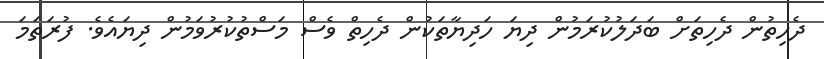
ދެހިތުން ދެހިތަށް ބަދަލުކުރަމުން ދިޔަ ހަދިޔާތަކުން ދެހިތް ވެސް މަސްތުކުރުުވަމުން ދިޔައެވެ. ފުރަތަމަ